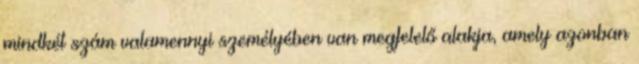
mindkét szám valamennyi személyében van megfelelő alakja, amely azonban